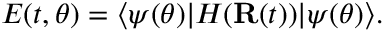
E ( t , { \boldsymbol { \theta } } ) = \langle \psi ( { \boldsymbol { \theta } } ) | H ( { \mathbf { R } } ( t ) ) | \psi ( { \boldsymbol { \theta } } ) \rangle .